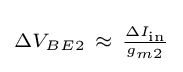
\scriptstyle \Delta V_{BE2}~\approx ~{\frac {\Delta I_{\text{in}}}{g_{m2}}}